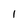
Character: I